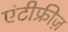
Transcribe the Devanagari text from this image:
एंटीफ्रीज़